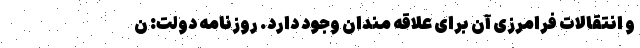
و انتقالات فرامرزی آن برای علاقه مندان وجود دارد. روزنامه دولت: ن